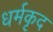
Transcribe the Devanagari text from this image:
धर्मकृद